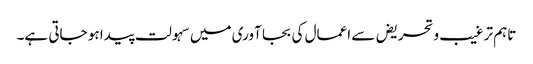
تاہم ترغیب وتحریض سے اعمال کی بجا آوری میں سہولت پیدا ہو جاتی ہے۔